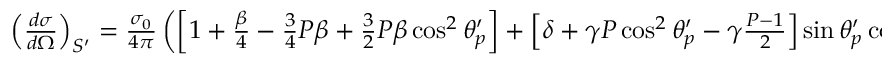
\begin{array} { r l r } { \left( \frac { d \sigma } { d \Omega } \right) _ { S ^ { \prime } } = \frac { \sigma _ { 0 } } { 4 \pi } \left( \left[ 1 + \frac { \beta } { 4 } - \frac { 3 } { 4 } P \beta + \frac { 3 } { 2 } P \beta \cos ^ { 2 } \theta _ { p } ^ { \prime } \right] + \left[ \delta + \gamma P \cos ^ { 2 } \theta _ { p } ^ { \prime } - \gamma \frac { P - 1 } { 2 } \right] \sin \theta _ { p } ^ { \prime } \cos \phi _ { p } ^ { \prime } + \right. } \end{array}